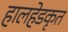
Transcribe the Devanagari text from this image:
हालहेडकृत